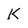
Character: K